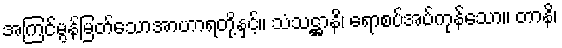
အကြင်မွန်မြတ်သောအာဟာရတို့နှင့်။ သံသဋ္ဌာနိ၊ ရောစပ်အပ်ကုန်သော။ တာနိ၊